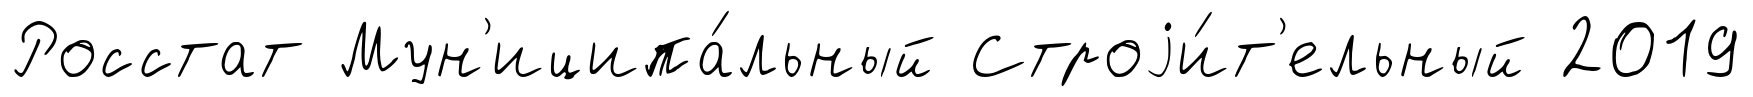
Росстат Мун'иципа́льный Строjи́т'ельный 2019